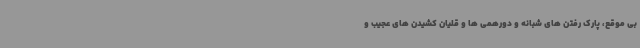
بی موقع، پارک رفتن های شبانه و دورهمی ها و قلیان کشیدن های عجیب و